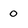
Character: 0